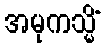
အမုကသ္မိံ